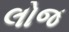
લોજ